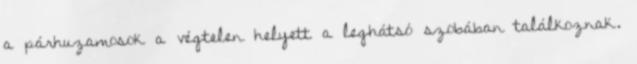
a párhuzamosok a végtelen helyett a leghátsó szobában találkoznak.